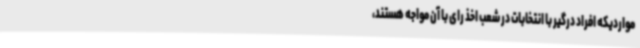
مواردیکه افراد درگیر با انتخابات در شعب اخذ رای با آن مواجه هستند،